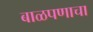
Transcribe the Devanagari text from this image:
बाळपणाचा